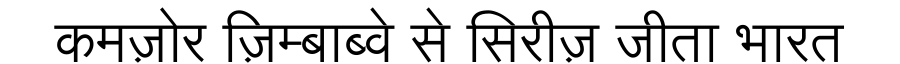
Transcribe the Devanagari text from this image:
कमज़ोर ज़िम्बाब्वे से सिरीज़ जीता भारत